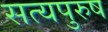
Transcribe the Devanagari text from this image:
सत्यपुरुष